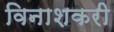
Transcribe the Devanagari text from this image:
विनाशकरी